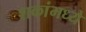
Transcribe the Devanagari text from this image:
शकांमध्ये